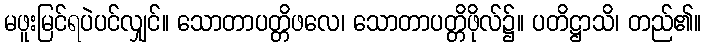
မဖူးမြင်ရပဲပင်လျှင်။ သောတာပတ္တိဖလေ၊ သောတာပတ္တိဖိုလ်၌။ ပတိဋ္ဌာသိ၊ တည်၏။